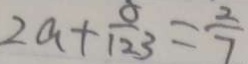
2 a + \frac { 8 } { 1 2 3 } = \frac { 2 } { 7 }